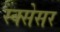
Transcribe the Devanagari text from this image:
स्क्सेसर